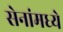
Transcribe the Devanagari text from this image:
सेनांमध्ये